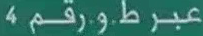
عبرط.و.رقم٤